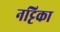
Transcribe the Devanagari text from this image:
नट्टिका